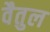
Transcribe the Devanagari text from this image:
वैतुल